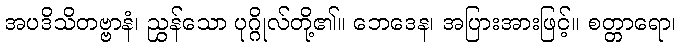
အပဒိသိတဗ္ဗာနံ၊ ညွှန်သော ပုဂ္ဂိုလ်တို့၏။ ဘေဒေန၊ အပြားအားဖြင့်။ စတ္တာရော၊